Indian journal of veterinary science and animal husbandry - Volumes 22-23, 1952-1953
Year: 1952
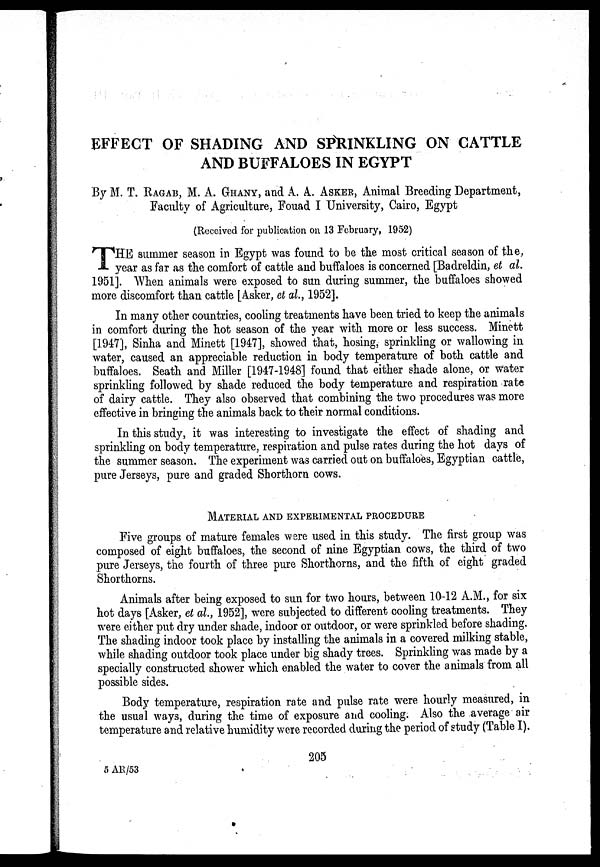
EFFECT OF SHADING AND SPRINKLING ON CATTLE
AND BUFFALOES IN EGYPT
By M. T. RAGAB, M. A. GHANY, and A. A. ASKER, Animal Breeding Department,
Faculty of Agriculture, Fouad I University, Cairo, Egypt
(Received for publication on 13 February, 1952)
T HE summer season in Egypt was found to be the most critical season of the,
year as far as the comfort of cattle and buffaloes is concerned [Badreldin, et al.
1951]. When animals were exposed to sun during summer, the buffaloes showed
more discomfort than cattle [Asker, et al., 1952].
In many other countries, cooling treatments have been tried to keep the animals
in comfort during the hot season of the year with more or less success. Minett
[1947], Sinha and Minett [1947], showed that, hosing, sprinkling or wallowing in
water, caused an appreciable reduction in body temperature of both cattle and
buffaloes. Seath and Miller [1947-1948] found that either shade alone, or water
sprinkling followed by shade reduced the body temperature and respiration rate
of dairy cattle. They also observed that combining the two procedures was more
effective in bringing the animals back to their normal conditions.
In this study, it was interesting to investigate the effect of shading and
sprinkling on body temperature, respiration and pulse rates during the hot days of
the summer season. The experiment was carried out on buffaloes, Egyptian cattle,
pure Jerseys, pure and graded Shorthorn cows.
MATERIAL AND EXPERIMENTAL PROCEDURE
Five groups of mature females were used in this study. The first group was
composed of eight buffaloes, the second of nine Egyptian cows, the third of two
pure Jerseys, the fourth of three pure Shorthorns, and the fifth of eight graded
Shorthorns.
Animals after being exposed to sun for two hours, between 10-12 A.M., for six
hot days [Asker, et al., 1952], were subjected to different cooling treatments. They
were either put dry under shade, indoor or outdoor, or were sprinkled before shading.
The shading indoor took place by installing the animals in a covered milking stable,
while shading outdoor took place under big shady trees. Sprinkling was made by a
specially constructed shower which enabled the water to cover the animals from all
possible sides.
Body temperature, respiration rate and pulse rate were hourly measured, in
the usual ways, during the time of exposure and cooling. Also the average air
temperature and relative humidity were recorded during the period of study (Table I).
205
5 AR/53